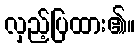
လှည့်ပြထား၏။